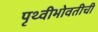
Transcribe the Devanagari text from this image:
पृथ्वीभोवतीची